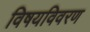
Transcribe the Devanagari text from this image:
विषयविवरण